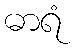
ဓာရံ